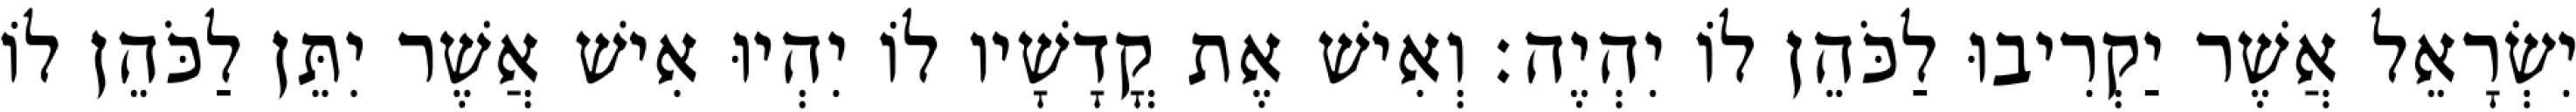
יִשְׂרָאֵל אֲשֶׁר יַקְרִיבוּ לַכֹּהֵן לוֹ יִהְיֶה׃ וְאִישׁ אֶת קֳדָשָׁיו לוֹ יִהְיוּ אִישׁ אֲשֶׁר יִתֵּן לַכֹּהֵן לוֹ